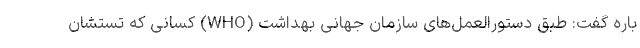
باره گفت: طبق دستورالعمل‌های سازمان جهانی بهداشت (WHO) کسانی که تستشان